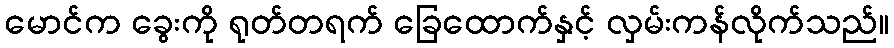
မောင်က ခွေးကို ရုတ်တရက် ခြေထောက်နှင့် လှမ်းကန်လိုက်သည်။